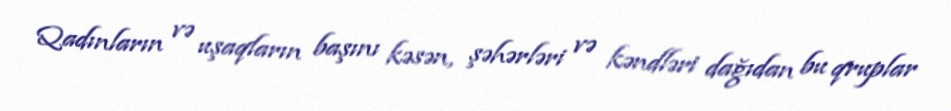
Qadınların və uşaqların başını kəsən, şəhərləri və kəndləri dağıdan bu qruplar